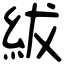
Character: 紱